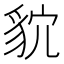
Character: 𮙩